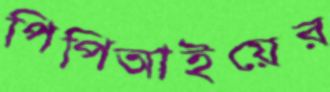
পিপিআইয়ের